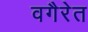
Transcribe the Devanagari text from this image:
वगैरेत